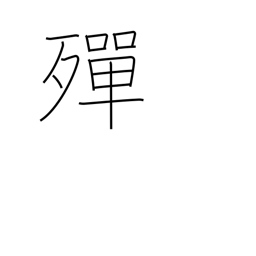
Meaning: become exhausted